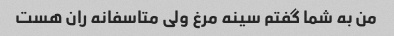
من به شما گفتم سینه مرغ ولی متاسفانه ران هست